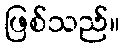
ဖြစ်သည်။